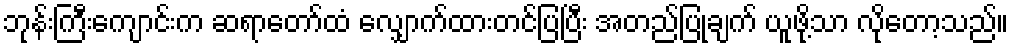
ဘုန်းကြီးကျောင်းက ဆရာတော်ထံ လျှောက်ထားတင်ပြပြီး အတည်ပြုချက် ယူဖို့သာ လိုတော့သည်။